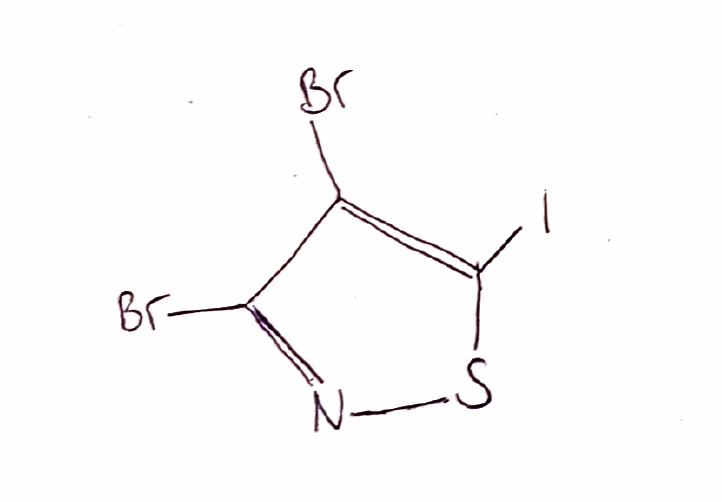
Simplified molecular-input line-entry system (SMILES) notation of the given molecule:
C1(=C(SN=C1Br)I)Br